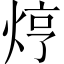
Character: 𤈽